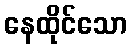
နေထိုင်သော